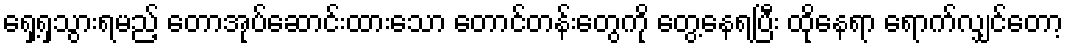
ရှေ့ရှသွားရမည့် တောအုပ်ဆောင်းထားသော တောင်တန်းတွေကို တွေ့နေရပြီး ထိုနေရာ ရောက်လျှင်တော့